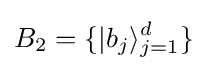
B_{2}=\{|b_{j}\rangle _{j=1}^{d}\}